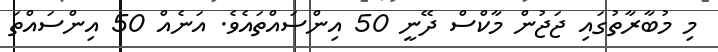
މި މުބާރާތުގައި ޖަޖުން މާކްސް ދޭނީ 50 އިންސައްތައެވެ. އަނެއް 50 އިންސައްތަ